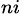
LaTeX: _{ni}